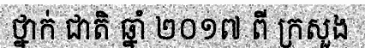
ថ្នាក់ ជាតិ ឆ្នាំ ២០១៧ ពី ក្រសួង